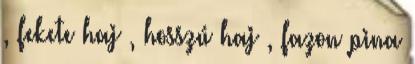
, fekete haj , hosszú haj , fazon pina